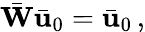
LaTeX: \bar{\mathbf W}\bar{\mathbf u}_{0}=\bar{\mathbf u}_{0}\, ,